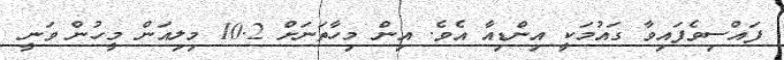
ފައްސިވެފައިވާ ގައުމަކީ އިންޑިއާ އެވެ. އިން މިހާތަނަށް 10.2 މިލިއަން މީހުން ވަނީ